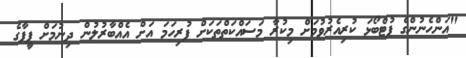
"އަންހެނުންގެ ފުޓްބޯޅަ ކުރިއެރުވުމަށް މިކުރާ މަސައްކަތްތަކަށް ފުރިހަމަ އަށް އެއްބާރުލުން ދިނުމަށް ފީފާގެ